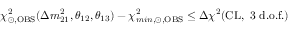
\chi _ { \odot , \mathrm { O B S } } ^ { 2 } ( \Delta m _ { 2 1 } ^ { 2 } , \theta _ { 1 2 } , \theta _ { 1 3 } ) - \chi _ { m i n , \odot , \mathrm { O B S } } ^ { 2 } \leq \Delta \chi ^ { 2 } \mathrm { ( C L , ~ 3 ~ d . o . f . ) }